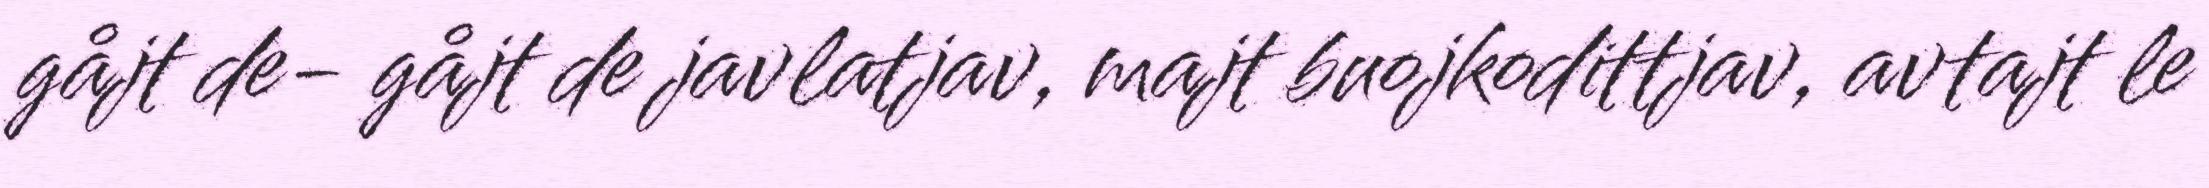
gåjt de- gåjt de javlatjav, majt buojkodittjav, avtajt le